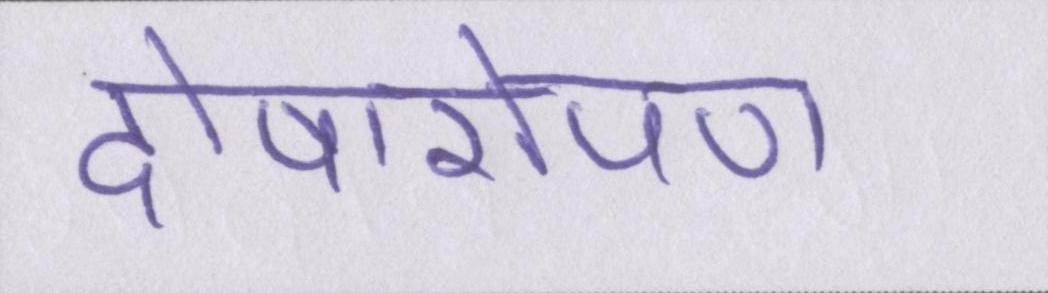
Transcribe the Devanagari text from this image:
दोषारोपण